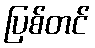
ပြစ်တင်